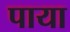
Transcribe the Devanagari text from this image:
पाया